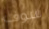
سوف